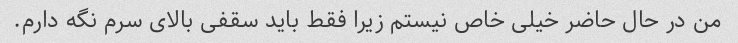
من در حال حاضر خیلی خاص نیستم زیرا فقط باید سقفی بالای سرم نگه دارم.